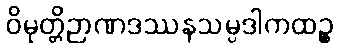
ဝိမုတ္တိဉာဏဒဿနသမ္ပဒါကထဉ္စ